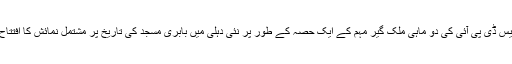
ایس ڈی پی آئی کی دو ماہی ملک گیر مہم کے ایک حصہ کے طور پر نئی دہلی میں بابری مسجد کی تاریخ پر مشتمل نمائش کا افتتاح۔